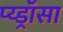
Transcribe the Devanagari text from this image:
प्य्ड्रॉसा